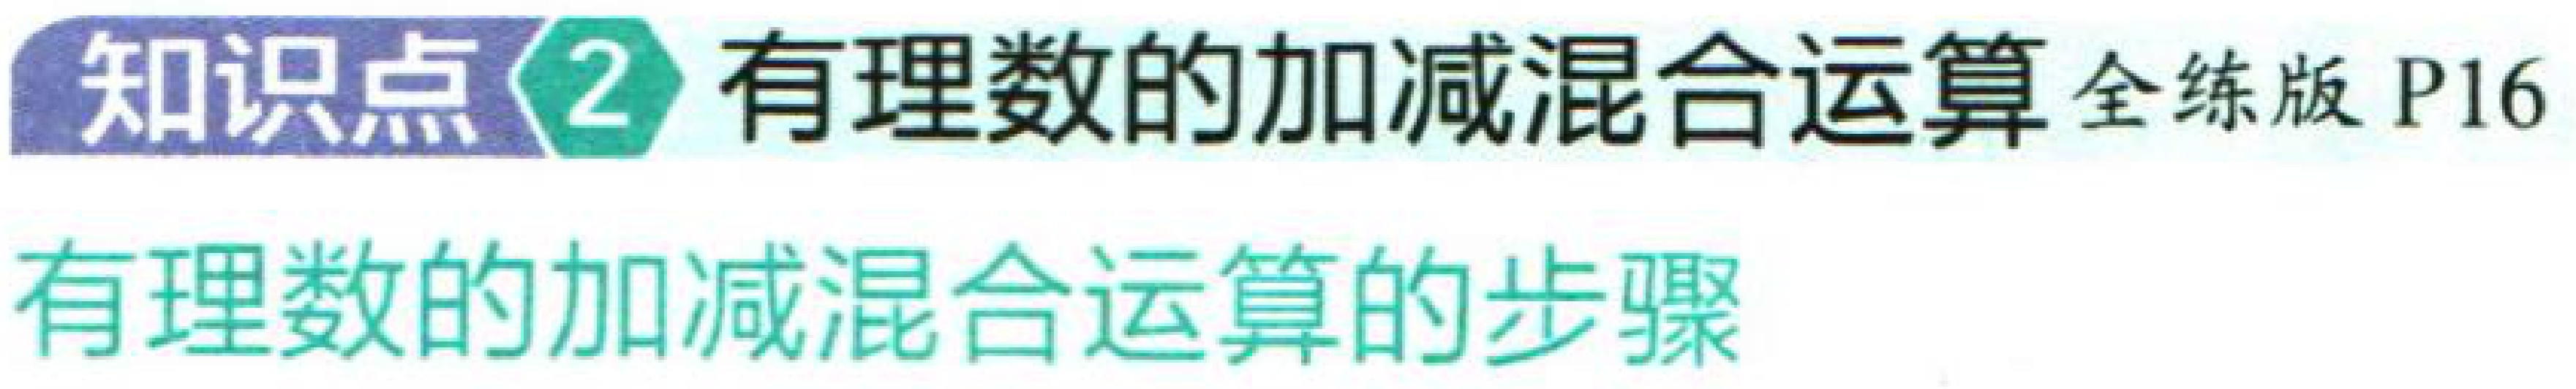
知识点 2 有理数的加减混合运算 全练版 P16
有理数的加减混合运算的步骤